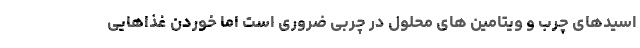
اسیدهای چرب و ویتامین های محلول در چربی ضروری است اما خوردن غذاهایی